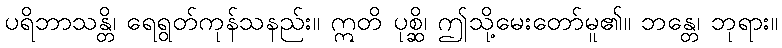
ပရိဘာသန္တိ၊ ရေရွတ်ကုန်သနည်း။ ဣတိ ပုစ္ဆိ၊ ဤသို့မေးတော်မူ၏။ ဘန္တေ၊ ဘုရား။